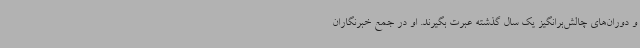
و دوران‌های چالش‌برانگیز یک سال گذشته عبرت بگیرند. او در جمع خبرنگاران